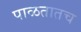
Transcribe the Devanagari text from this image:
पाळतातच